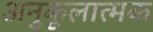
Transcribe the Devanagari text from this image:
अनुकूलात्मक